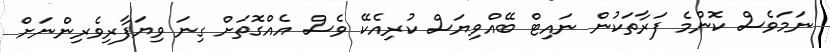
ނަމަވެސް ކޮންމެ ފަރާތަކުން ނައިޓް ބޭއްވިޔަސް ކުރިއެކޭ ވެސް އެއްގޮތަށް ގިނަ ވިޔަފާރިވެރިންނަށް